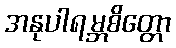
အနုပါရမ္ဘစိတ္တော